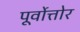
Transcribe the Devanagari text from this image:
पूर्वोत्तोर